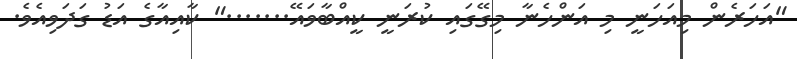
"އަހަރެން މިއަހަނީ މި އަންހެނާ މިގޭގައި ކުރަނީ ކީއްބާވައޭ......." ކާއިއާގެ އަޑު ގަދަވިއެވެ.